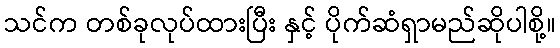
သင်က တစ်ခုလုပ်ထားပြီး နှင့် ပိုက်ဆံရှာမည်ဆိုပါစို့။